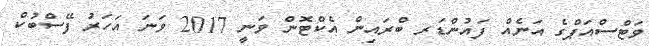
ވަޓްސްއަޕްގެ އަނެއް ފައުންޑަރ ބްރައިން އެކްޓޮން ވަނީ 2017 ވަނަ އަހަރު ފޭސްބުކް